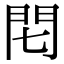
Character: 𨳍